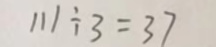
1 1 1 \div 3 = 3 7